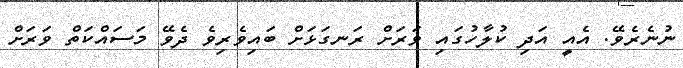
ނުނެރެވޭ. އެއީ އަދި ކުލާހުގައި ވަރަށް ރަނގަޅަށް ބައިވެރިވެ ދެވޭ މަސައްކަތް ވަރަށް